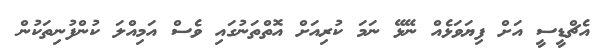
އެޗްޑީސީ އަށް ފިޔަވަޅެއް ނޭޅޭ ނަމަ ކުރިއަށް އޮތްތަނުގައި ވެސް އަމިއްލަ ކުންފުނިތަކުން